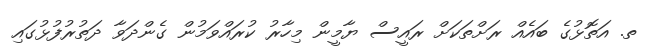
ތ. އަތޮޅުގެ ބައެއް ރަށްތަކަށް ރައީސް ޔާމީން މިހާރު ކުރައްވަމުން ގެންދަވާ ދަތުރުފުޅުގައި